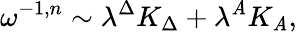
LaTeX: \omega^{-1,n}\sim\lambda^{\Delta}K_{\Delta}+\lambda^{\mathit{A}}K_{\mathit{A}},